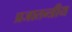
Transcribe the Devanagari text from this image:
प्रजातन्त्रीय